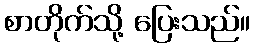
စာတိုက်သို့ ပြေးသည်။